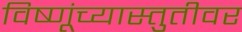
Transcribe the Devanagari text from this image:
विष्णूंच्यास्तुतीवर